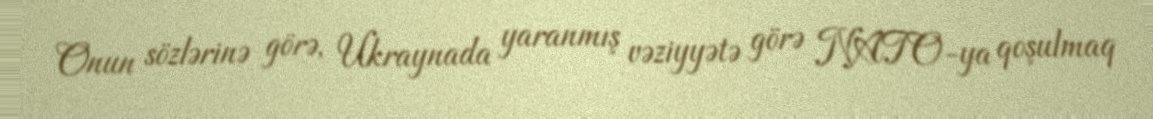
Onun sözlərinə görə, Ukraynada yaranmış vəziyyətə görə NATO-ya qoşulmaq